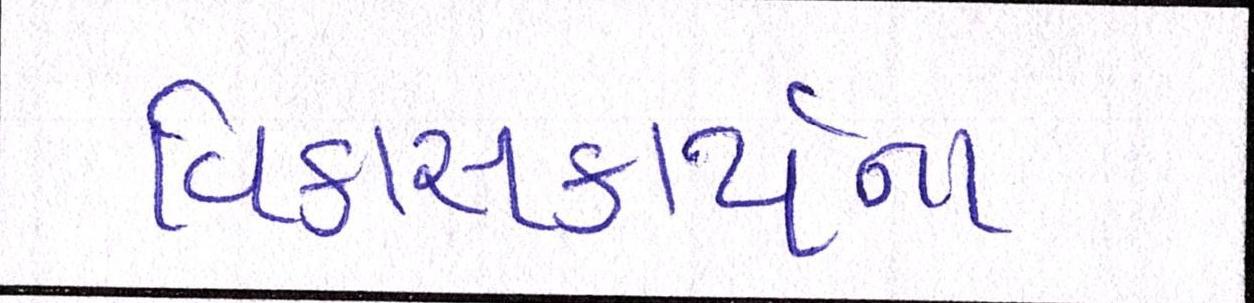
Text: વિકાસકાર્યના